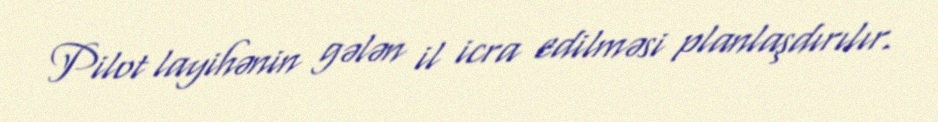
Pilot layihənin gələn il icra edilməsi planlaşdırılır.